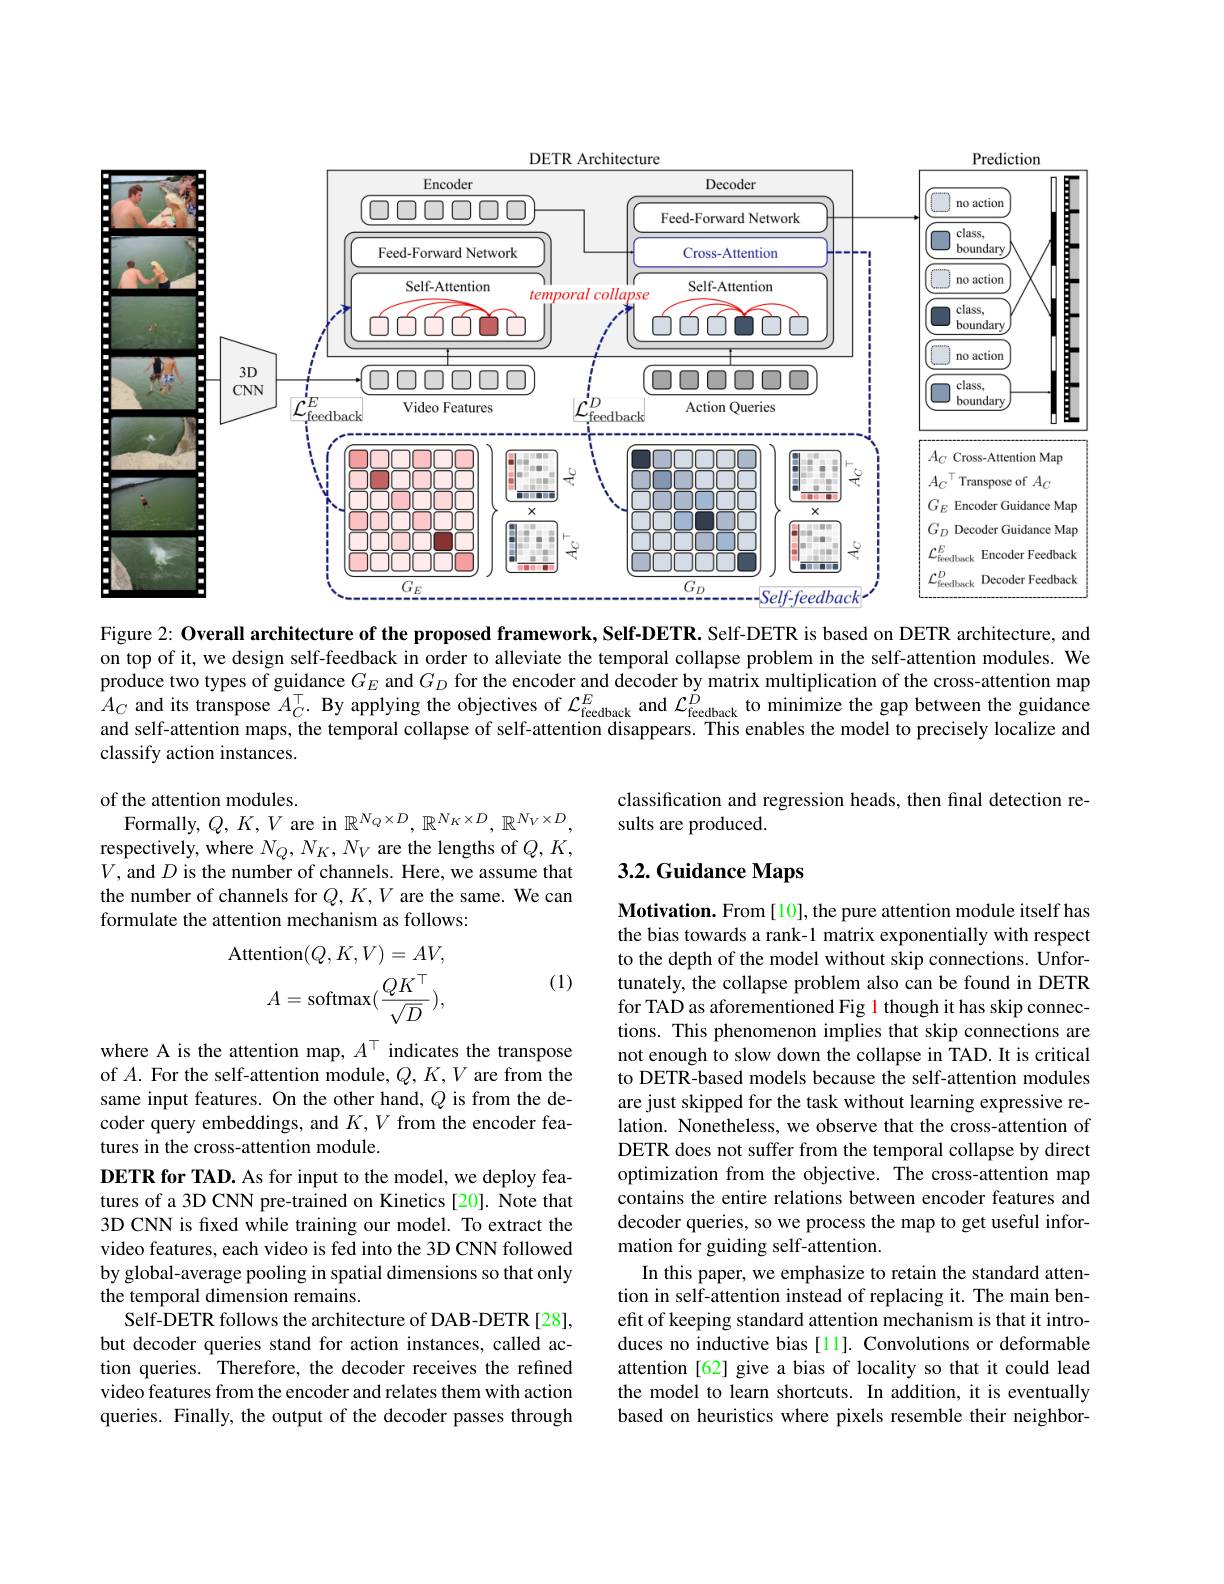
<FigureHere>

Figure 2: Overall architecture of the proposed framework, Self-DETR. Self-DETR is based on DETR architecture, and on top of it, we design self-feedback in order to alleviate the temporal collapse problem in the self-attention modules. We $\hat{\text{produce two types of guidance }G_E}$ and $G_D$ for the encoder and decoder by matrix multiplication of the cross-attention map $A_C$ and its transpose $A_C^\top.$ By applying the objectives of $\mathcal{L}_\text{fecdback}^E$ and $\mathcal{L}_\text{fecdback}^{\tilde{D}}$ to minimize the gap between the guidance and self-attention maps, the temporal collapse of self-attention disappears. This enables the model to precisely localize and classify action instances.

classification and regression heads, then final detection re-
sults are produced.

of the attention modules.
Formally, $Q,K,V$ are in $\mathbb{R}^{N_Q\times D},\mathbb{R}^{N_K\times D},\mathbb{R}^{N_V\times D}$, respectively, where $N_Q,N_K,N_V$ are the lengths of $Q,K$, $V$, and $D$ is the number of channels. Here, we assume that the number of channels for $Q,K,V$ are the same. We can formulate the attention mechanism as follows:

# 3.2. Guidance Maps

(1)
$$A=\mathrm{softmax}(\frac{QK^{\top}}{\sqrt{D}}),$$
Motivation. From [10], the pure attention module itself has the bias towards a rank-1 matrix exponentially with respect to the depth of the model without skip connections. Unfortunately, the collapse problem also can be found in DETR for TAD as aforementioned Fig 1 though it has skip connections. This phenomenon implies that skip connections are not enough to slow down the collapse in TAD. It is critical to DETR-based models because the self-attention modules are just skipped for the task without learning expressive relation. Nonetheless, we observe that the cross-attention of DETR does not suffer from the temporal collapse by direct optimization from the objective. The cross-attention map contains the entire relations between encoder features and decoder queries, so we process the map to get useful information for guiding self-attention.
In this paper, we emphasize to retain the standard attention in self-attention instead of replacing it. The main benefit of keeping standard attention mechanism is that it introduces no inductive bias [11]. Convolutions or deformable attention [62] give a bias of locality so that it could lead the model to learn shortcuts. In addition, it is eventually based on heuristics where pixels resemble their neighbor-

where A is the attention map, $A^\top$ indicates the transpose of $A.$ For the self-attention module, $Q,K,V$ are from the same input features. On the other hand, $Q$ is from the decoder query embeddings, and $K,V$ from the encoder features in the cross-attention module.
DETR for TAD. As for input to the model, we deploy features of a 3D CNN pre-trained on Kinetics [20]. Note that 3D CNN is fxed while training our model. To extract the video features, each video is fed into the 3D CNN followed by global-average pooling in spatial dimensions so that only the temporal dimension remains.
Self-DETR follows the architecture of DAB-DETR [28], but decoder queries stand for action instances, called action queries. Therefore, the decoder receives the refined video features from the encoder and relates them with action queries. Finally, the output of the decoder passes through